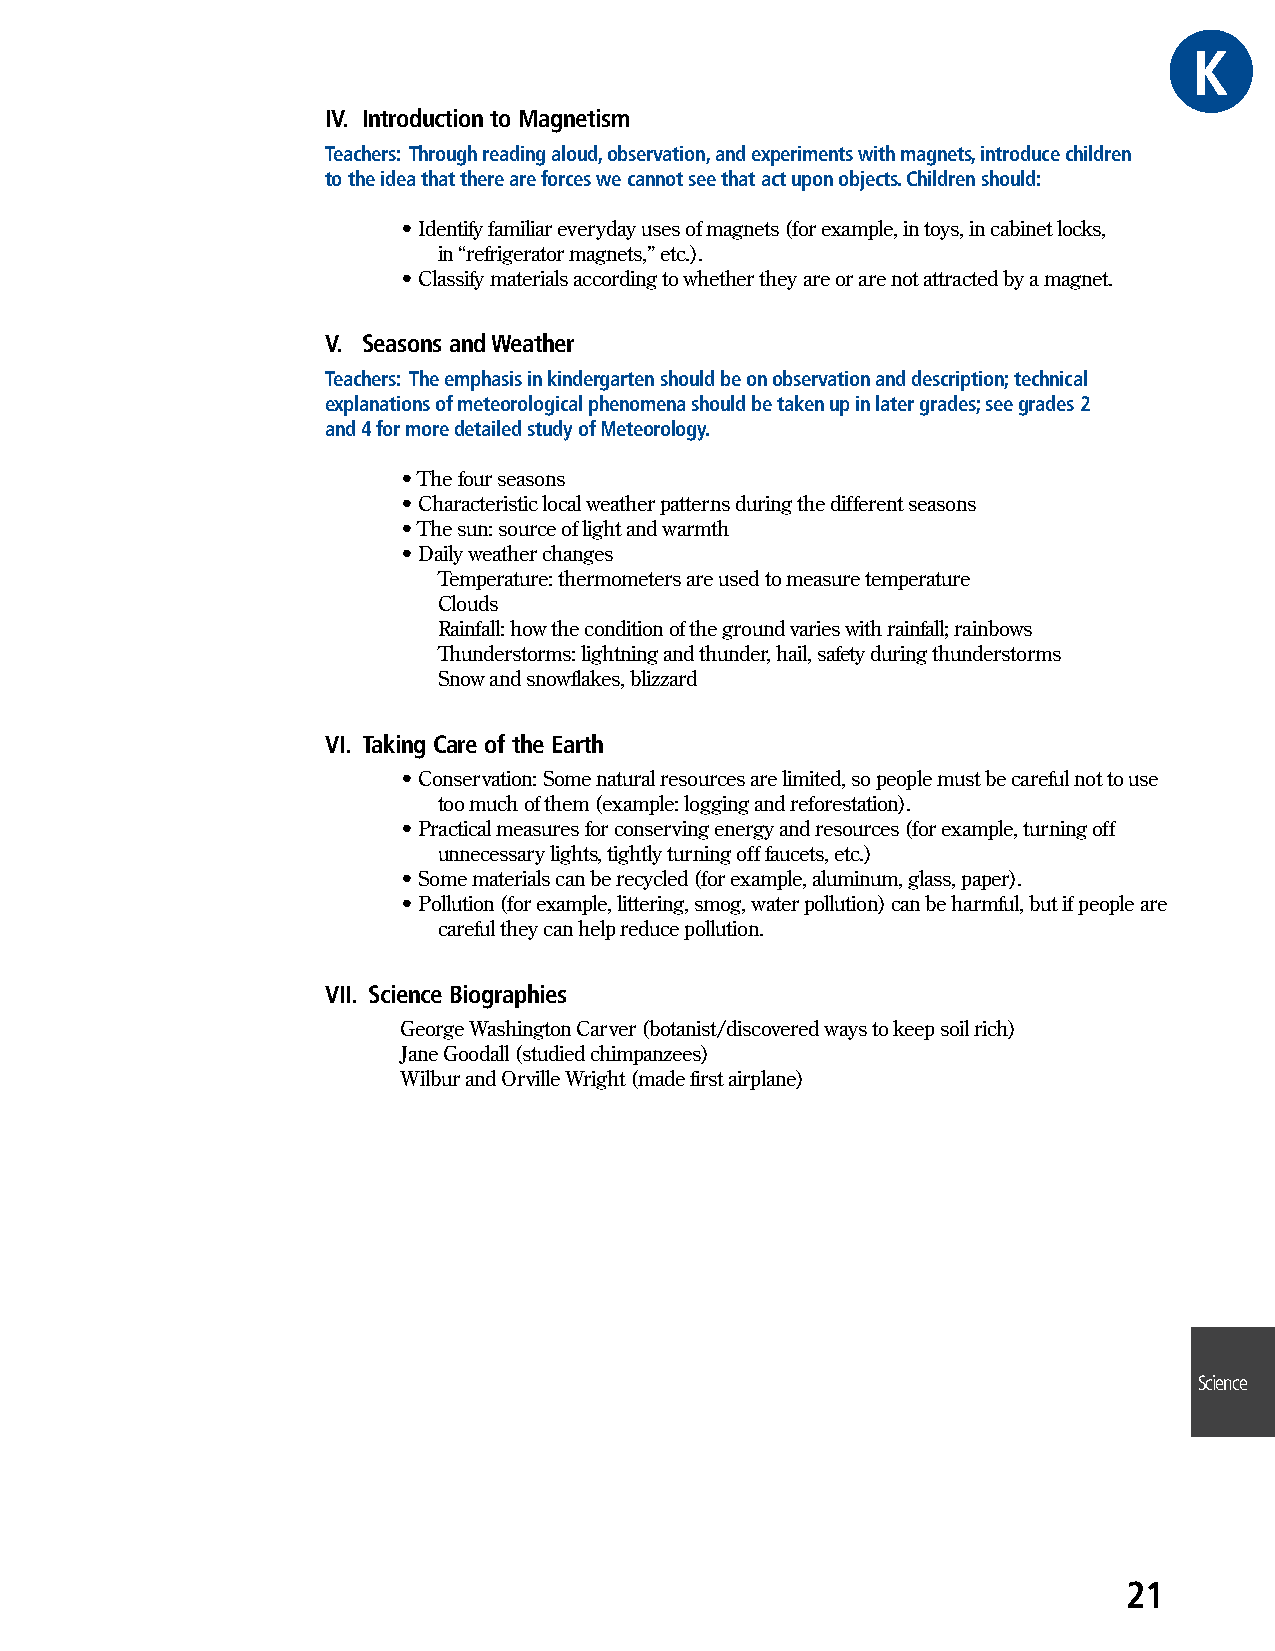
GKRAE
 IV. Introduction to Magnetism
 Teachers: Through reading aloud, observation, and experiments with magnets, introduce children
 to the idea that there are forces we cannot see that act upon objects. Children should:
 • Identify familiar everyday uses of magnets (for example, in toys, in cabinet locks,
 in “refrigerator magnets,” etc.).
 • Classify materials according to whether they are or are not attracted by a magnet.
 V. Seasons and Weather
 Teachers: The emphasis in kindergarten should be on observation and description; technical
 explanations of meteorological phenomena should be taken up in later grades; see grades 2
 and 4 for more detailed study of Meteorology.
 • The four seasons
 • Characteristic local weather patterns during the different seasons
 • The sun: source of light and warmth
 • Daily weather changes
 Temperature: thermometers are used to measure temperature
 Clouds
 Rainfall: how the condition of the ground varies with rainfall; rainbows
 Thunderstorms: lightning and thunder, hail, safety during thunderstorms
 Snow and snowflakes, blizzard
 VI. Taking Care of the Earth
 • Conservation: Some natural resources are limited, so people must be careful not to use
 too much of them (example: logging and reforestation).
 • Practical measures for conserving energy and resources (for example, turning off
 unnecessary lights, tightly turning off faucets, etc.)
 • Some materials can be recycled (for example, aluminum, glass, paper).
 • Pollution (for example, littering, smog, water pollution) can be harmful, but if people are
 careful they can help reduce pollution.
 VII. Science Biographies
 George Washington Carver (botanist/discovered ways to keep soil rich)
 Jane Goodall (studied chimpanzees)
 Wilbur and Orville Wright (made first airplane)
 Science
 21